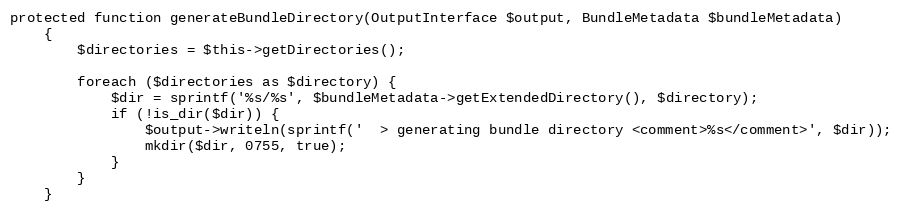
Language: PHP
protected function generateBundleDirectory(OutputInterface $output, BundleMetadata $bundleMetadata)
    {
        $directories = $this->getDirectories();

        foreach ($directories as $directory) {
            $dir = sprintf('%s/%s', $bundleMetadata->getExtendedDirectory(), $directory);
            if (!is_dir($dir)) {
                $output->writeln(sprintf('  > generating bundle directory <comment>%s</comment>', $dir));
                mkdir($dir, 0755, true);
            }
        }
    }